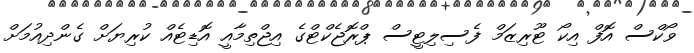
ވޯކްސް އޮފް އިކޯ ޓޫރިޒަމް ފެސިލިޓީސް ޕްރޮޖެކްޓްގެ އިޖްތިމާއީ އޮޑިޓެއް ކުރިޔަށް ގެންދިއުމަށް